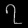
Digit: ၇